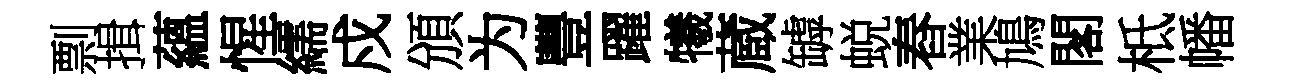
剽揖蘊惺繻戍頒为豐躍犧蔵罅蜕舂業鳩閣柢幡